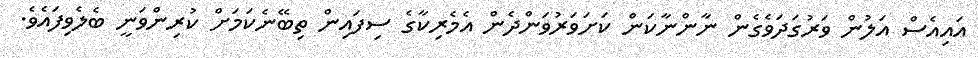
އައިއެސް އަލުން ވަރުގަދަވެގެން ނާންނާކަން ކަށަވަރުވަންދެން އެމެރިކާގެ ސިފައިން ތިބޭނެކަމަށް ކުރިންވަނީ ބެލެވިފައެވެ.